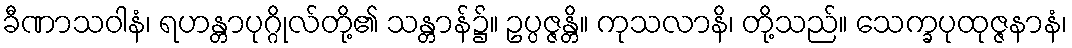
ခီဏာသဝါနံ၊ ရဟန္တာပုဂ္ဂိုလ်တို့၏ သန္တာန်၌။ ဥပ္ပဇ္ဇန္တိ။ ကုသလာနိ၊ တို့သည်။ သေက္ခပုထုဇ္ဇနာနံ၊